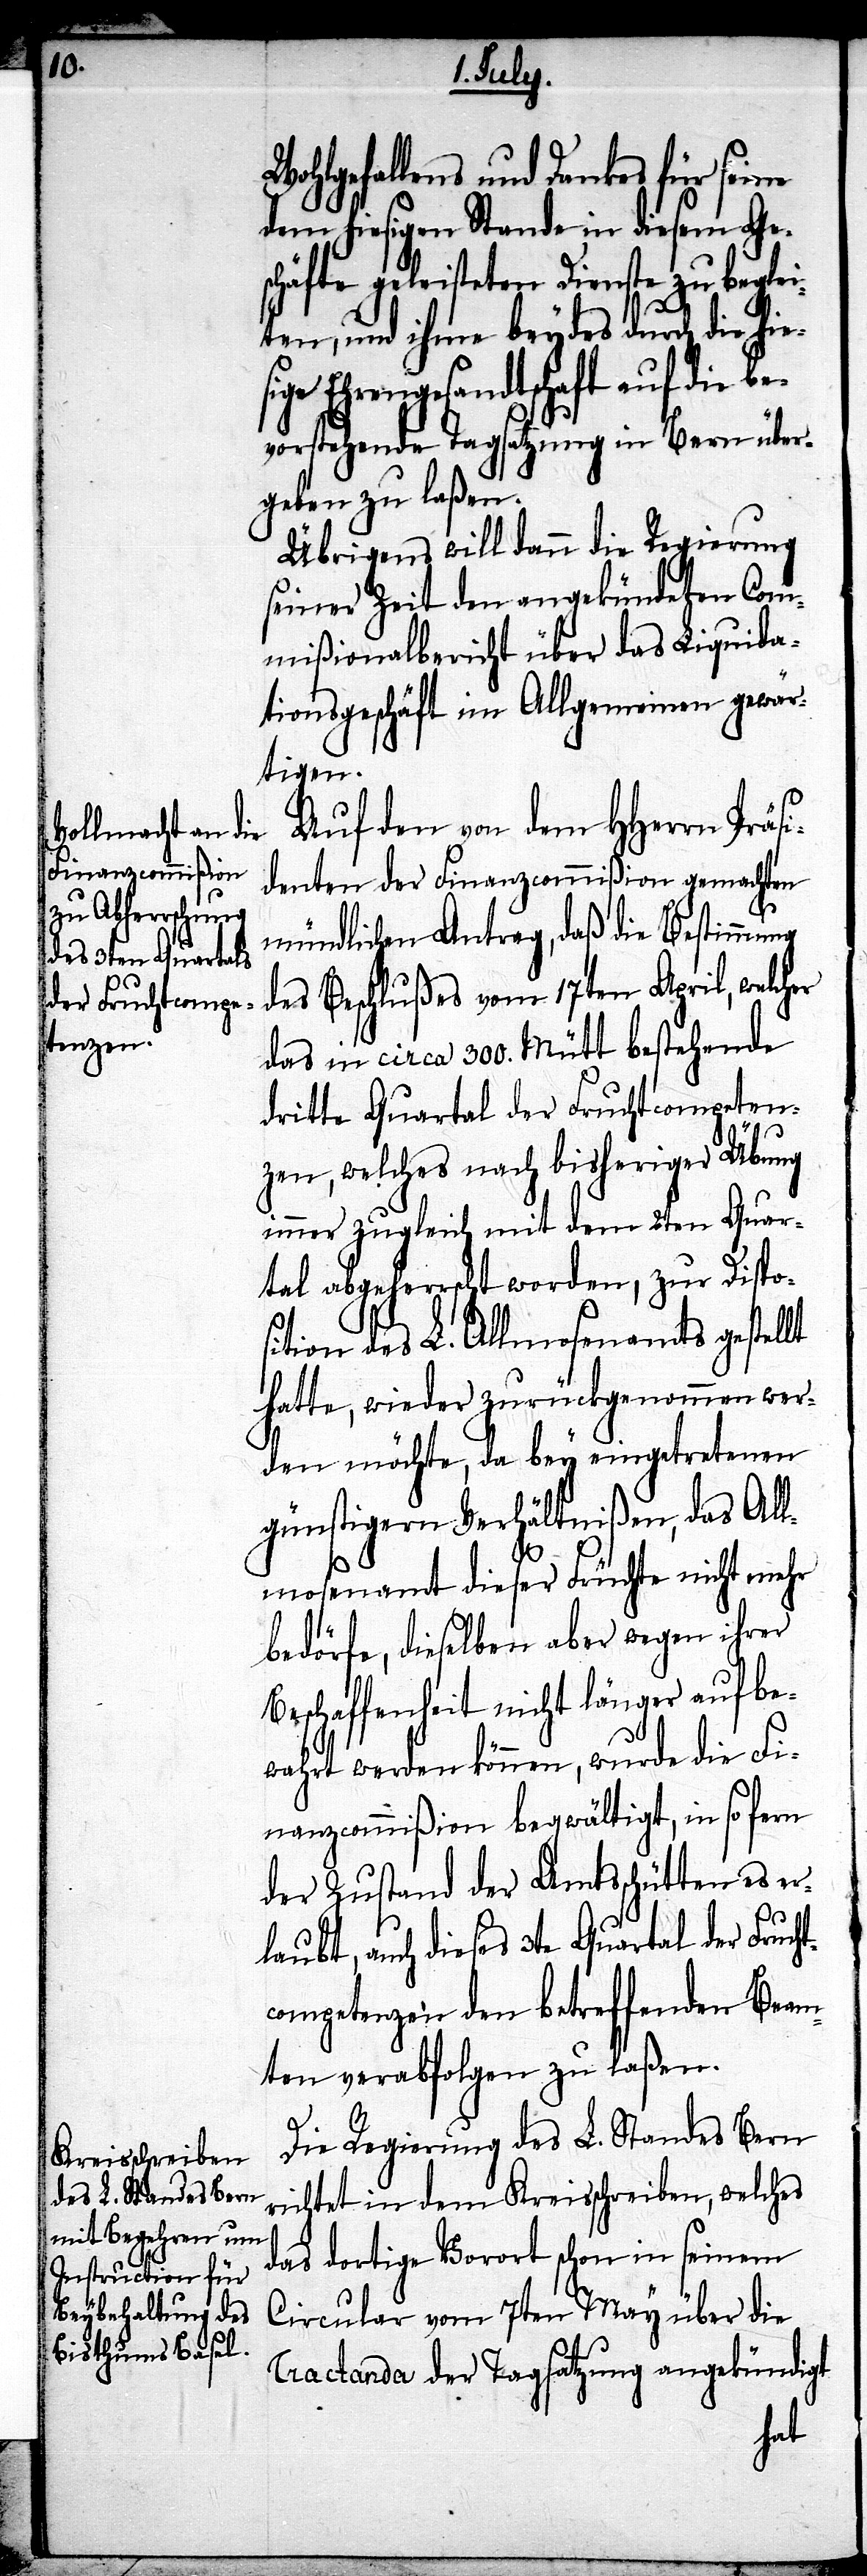
Wohlgefallens und Dankes für seine
dem hiesigen Stande in diesem Ge¬
schäfte geleisteten Dienste zu beglei¬
ten, und ihm beydes durch die hies¬
Ehrengesandtschaft auf die
vorstehende Tagsatzung in Bern über¬
geben zu laßen.
Übrigens will dann die Regierung
seiner Zeit den angekündeten Com¬
mißionalbericht über das Liquida¬
tionsgeschäft im Allgemeinen gewär¬
tigen.
Auf den von dem HHerrn Präsi¬
denten der Finanzcommißion gemachten
be¬
mündlichen Antrag, daß die Bestimmung
des Beschlußes vom 17ten April, welcher
das in circa 300. Mütt bestehende
dritte Quartal der Fruchtcompeten¬
zen, welches nach bisheriger Übung
immer zugleich mit dem 2ten Quar¬
tal abgeherrscht worden, zur Dispo¬
sition des L. Allmosenamtes gestellt
hatte, wieder zurückgenommen wer¬
den möchte, da bey eingetretenen
günstigern Verhältnißen, das All¬
mosenamt dieser Früchte nicht mehr
bedörfe, dieselben aber wegen ihrer
Beschaffenheit nicht länger aufbe¬
wahrt werden können, wurde die Fi¬
nanzcommißion begwältigt, in so fern
der Zustand der Amtsschütten es er¬
laubt, auch dieses 3te Quartal der Frucht¬
comeptenzen den betreffenden Beam¬
ten verabfolgen zu laßen.
Die Regierung des L. Standes Bern
richtet in dem Kreisschreiben, welches
das dortige Vorort schon in seinem
Circular vom 7ten May über die
Tractanda der Tagsatzung angekündigt